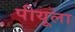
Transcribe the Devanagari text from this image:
पीयूला